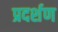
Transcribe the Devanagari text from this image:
प्रदर्शण